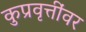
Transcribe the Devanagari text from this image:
कुप्रवृत्तींवर